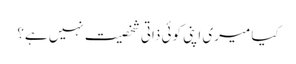
کیا میری اپنی کوئی ذاتی شخصیت نہیں ہے؟